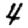
Digit: 4